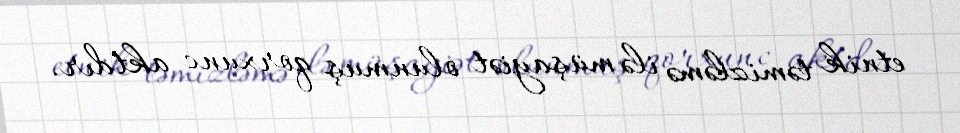
etnik təmizləmə ilə müşayiət olunmuş qorxunc aktdır.